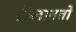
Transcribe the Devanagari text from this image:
डोलावतो